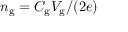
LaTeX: n _ { \mathrm { { g } } } = C _ { \mathrm { { g } } } V _ { \mathrm { { g } } } / ( 2 e )